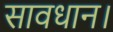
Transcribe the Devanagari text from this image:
सावधान।